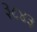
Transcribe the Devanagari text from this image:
३८४३